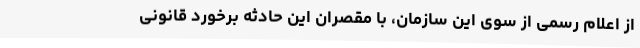
از اعلام رسمی از سوی این سازمان، با مقصران این حادثه برخورد قانونی